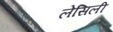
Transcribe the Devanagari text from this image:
लेसिली